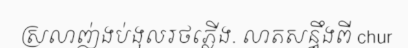
ស្រលាញ់ងប់ងុលរថភ្លើង. លាតសន្ធឹងពី chur